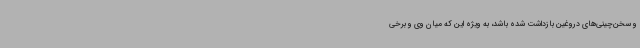
و سخن‌چینی‌های دروغین بازداشت شده باشد، به ویژه این که میان وی و برخی